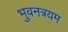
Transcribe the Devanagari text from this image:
भुवनत्रयम